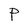
Character: P